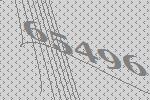
65496